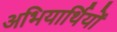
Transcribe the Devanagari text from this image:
अभियार्थियों